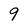
Character: 9